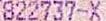
822737-X